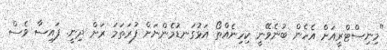
"މިނިސްޓްރީއަށް އެހެން ބުނެވޭނީ ކިހިނެއްތޯ އަޅުގަނޑުމެންނަށް ފުރަތަމަ ރަށް ދިނީ. ފައިސާ ވެސް